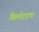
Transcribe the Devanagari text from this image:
किल्लेदाराचा